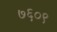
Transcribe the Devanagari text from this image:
७६०९